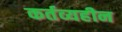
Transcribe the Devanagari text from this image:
कर्तव्यहीन